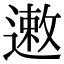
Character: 遫